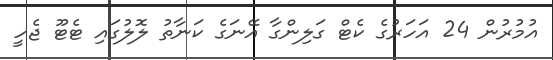
އުމުރުން 24 އަހަރުގެ ކެޓް ގަލިންގާ އޭނަގެ ކަނާތު ލޮލުގައި ޓެޓޫ ޖެހީ